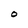
Character: O